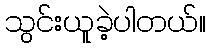
သွင်းယူခဲ့ပါတယ်။